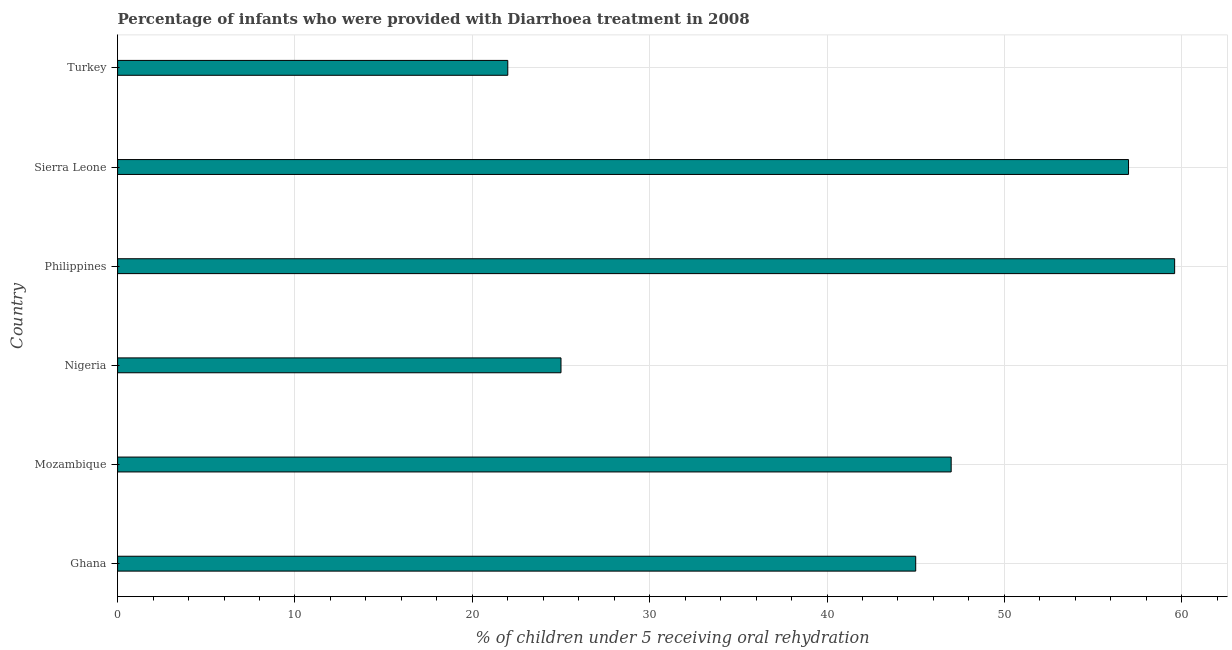
| Country | Diarrhea treatment |
 | --- | --- |
 | Ghana | 45 |
 | Mozambique | 47 |
 | Nigeria | 25 |
 | Philippines | 59.6 |
 | Sierra Leone | 57 |
 | Turkey | 22 |